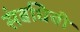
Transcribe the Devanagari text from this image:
संबधिची